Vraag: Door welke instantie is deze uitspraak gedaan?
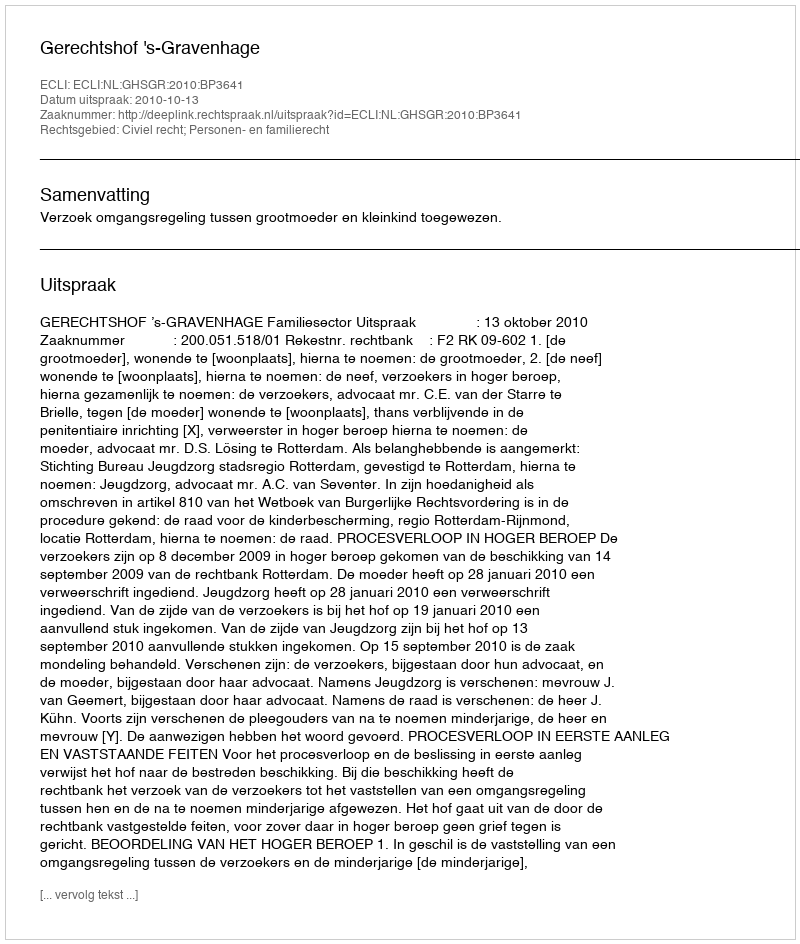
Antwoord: Gerechtshof 's-Gravenhage